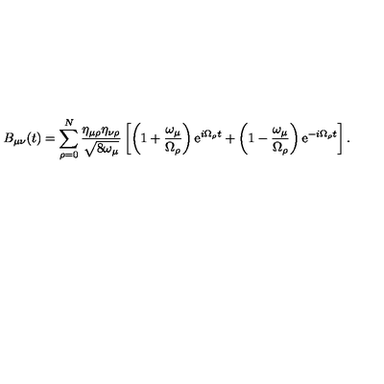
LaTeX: B _ { \mu \nu } ( t ) = \sum _ { \rho = 0 } ^ { N } \frac { \eta _ { \mu \rho } \eta _ { \nu \rho } } { \sqrt { 8 \omega _ { \mu } } } \left[ \left( 1 + \frac { \omega _ { \mu } } { \Omega _ { \rho } } \right) \mathrm { e } ^ { i \Omega _ { \rho } t } + \left( 1 - \frac { \omega _ { \mu } } { \Omega _ { \rho } } \right) \mathrm { e } ^ { - i \Omega _ { \rho } t } \right] .